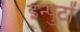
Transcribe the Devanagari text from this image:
इन्पुटों